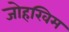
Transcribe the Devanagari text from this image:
जोहखिम